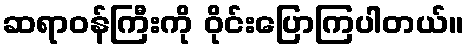
ဆရာဝန်ကြီးကို ဝိုင်းပြောကြပါတယ်။